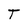
Character: T